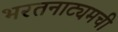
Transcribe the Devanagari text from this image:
भरतनाट्यमची